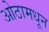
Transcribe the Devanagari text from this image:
ओठामधून